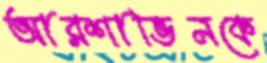
আরশাভিনকে